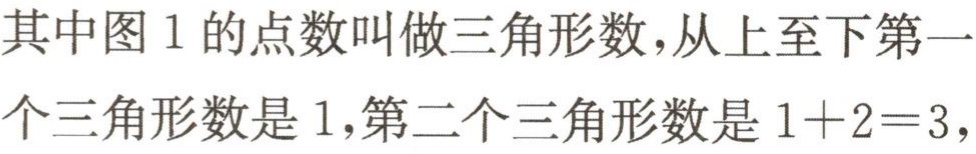
其中图 1 的点数叫做三角形数，从上至下第一个三角形数是 1，第二个三角形数是 \(1 + 2 = 3\)，